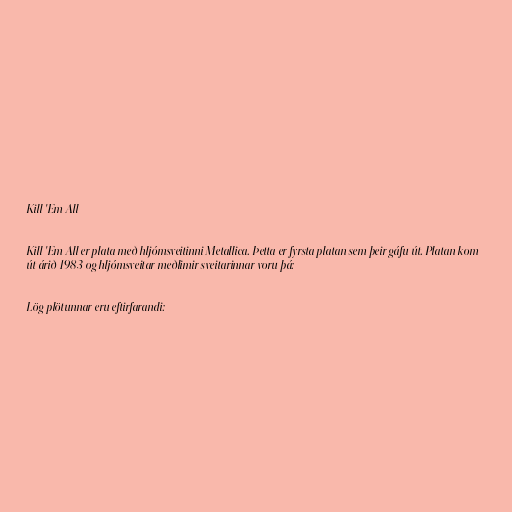
Kill 'Em All

Kill 'Em All er plata með hljómsveitinni Metallica. Þetta er fyrsta platan sem þeir gáfu út. Platan kom
út árið 1983 og hljómsveitar meðlimir sveitarinnar voru þá:

Lög plötunnar eru eftirfarandi: